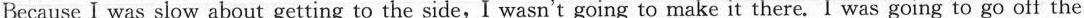
Because I was slow about getting to the side,I wasn't going to make it there. I was going to go off the